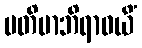
ပတိမာဘိရာဓယိံ